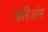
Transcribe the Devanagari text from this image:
नारिआंग